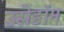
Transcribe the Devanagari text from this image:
उसेडॉम